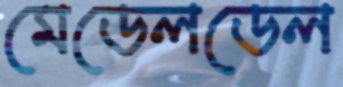
মেডেলডেল